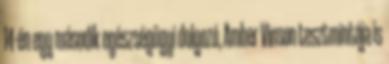
14-én egy második egészségügyi dolgozó, Amber Vinson tesztmintája is